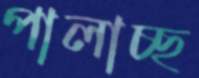
পালাচ্ছ